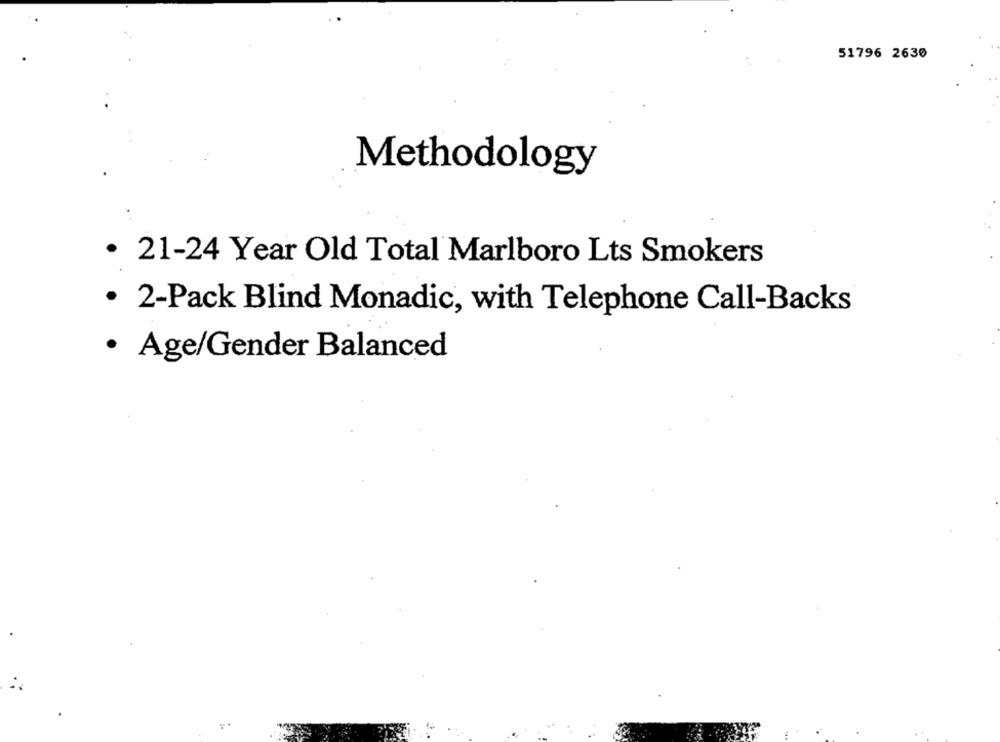
51796 2630
Methodology
· 21-24 Year Old Total Marlboro Lts Smokers
· 2-Pack Blind Monadic, with Telephone Call-Backs
· Age/Gender Balanced